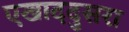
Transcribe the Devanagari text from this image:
एखाददुसरा